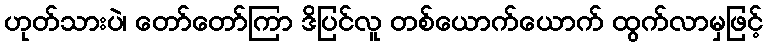
ဟုတ်သားပဲ၊ တော်တော်ကြာ ဒိပြင်လူ တစ်ယောက်ယောက် ထွက်လာမှဖြင့်